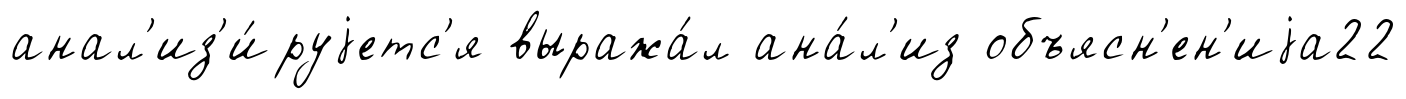
анал'из'и́руjетс'я выража́л ана́л'из объясн'ен'иjа22